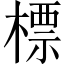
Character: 標